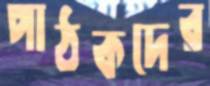
পাঠকদের